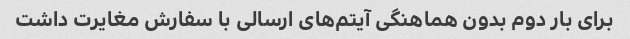
برای بار دوم بدون هماهنگی آیتم‌های ارسالی با سفارش مغایرت داشت